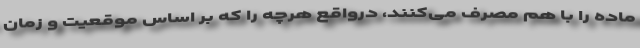
ماده را با هم مصرف می‌کنند، درواقع هرچه را که بر اساس موقعیت و زمان